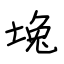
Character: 堍